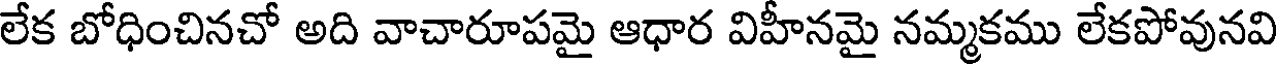
లేక బోధించినచో అది వాచారూపమై ఆధార విహీనమై నమ్మకము లేకపోవునవి